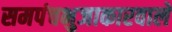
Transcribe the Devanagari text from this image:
समपंचभुजाकारवाले